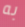
به